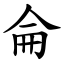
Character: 侖